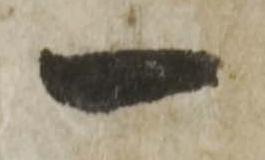
一